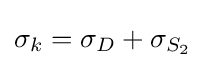
\sigma _{k}=\sigma _{D}+\sigma _{S_{2}}